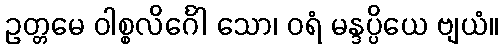
ဥတ္တမေ ဝါစ္စလိင်္ဂေါ သော၊ ဝရံ မန္ဒပ္ပိယေ ဗျယံ။